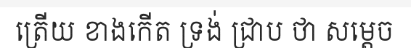
ត្រើយ ខាងកើត ទ្រង់ ជ្រាប ថា សម្តេច